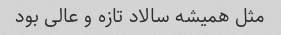
مثل همیشه سالاد تازه و عالی بود